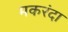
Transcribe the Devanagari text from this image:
मकरंदा